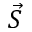
\vec { S }